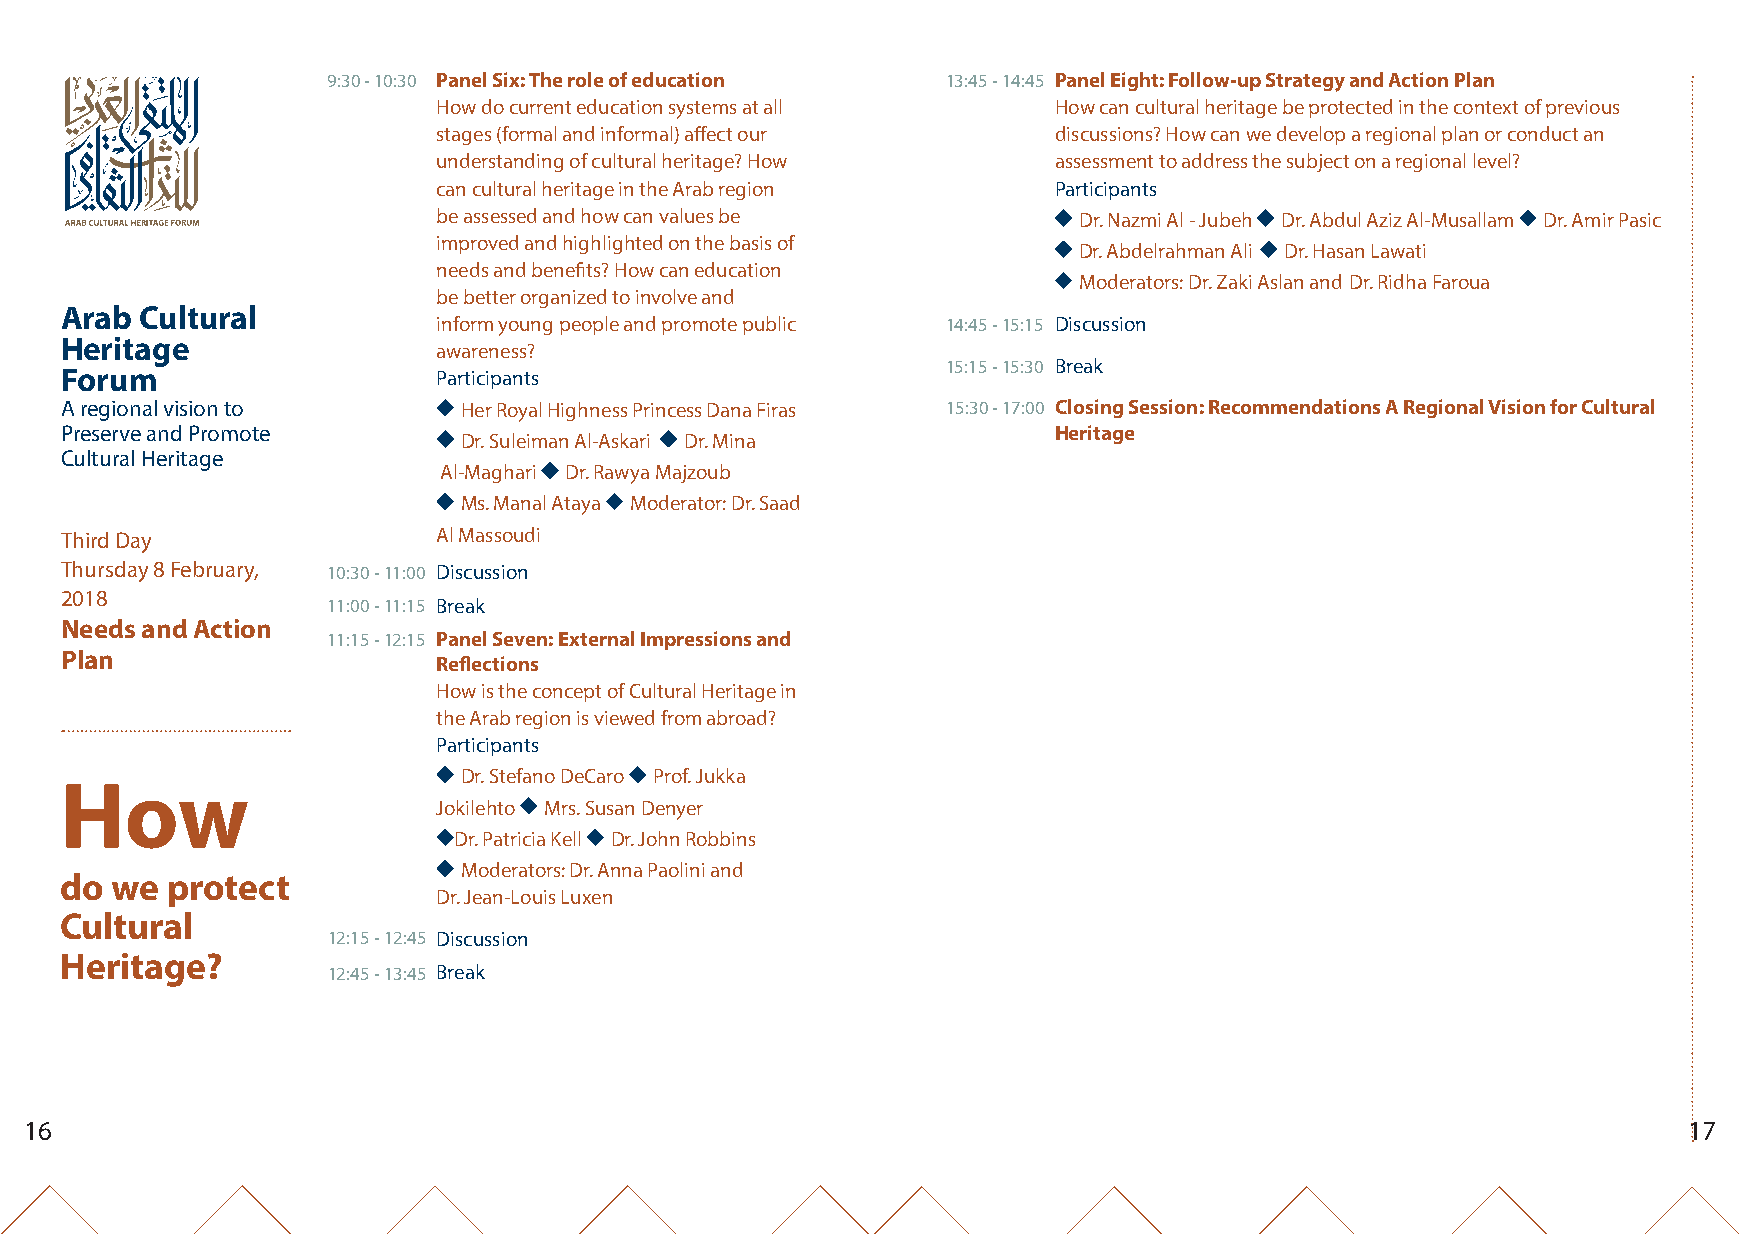
9:30 - 10:30 Panel Six: The role of education 13:45 - 14:45 Panel Eight: Follow-up Strategy and Action Plan
 How do current education systems at all  How can cultural heritage be protected in the context of previous
 stages (formal and informal) affect our  discussions? How can we develop a regional plan or conduct an
 understanding of cultural heritage? How  assessment to address the subject on a regional level?
 can cultural heritage in the Arab region Participants
 be assessed and how can values be          Dr. Nazmi Al - Jubeh Dr. Abdul Aziz Al-Musallam Dr. Amir Pasic
 improved and highlighted on the basis of
 Dr. Abdelrahman Ali Dr. Hasan Lawati
 needs and benefits? How can education
 Moderators: Dr. Zaki Aslan and Dr. Ridha Faroua
 be better organized to involve and
 Arab Cultural
 inform young people and promote public 14:45 - 15:15 Discussion
 Heritage
 awareness?
 15:15 - 15:30 Break
 Forum                    Participants
 A regional vision to       Her Royal Highness Princess Dana Firas 15:30 - 17:00 Closing Session: Recommendations A Regional Vision for Cultural
 Preserve and Promote                                              Heritage
 Dr. Suleiman Al-Askari Dr. Mina
 Cultural Heritage
 Al-Maghari Dr. Rawya Majzoub
 Ms. Manal Ataya Moderator: Dr. Saad
 Third Day                Al Massoudi
 Thursday 8 February, 10:30 - 11:00 Discussion
 2018
 11:00 - 11:15 Break
 Needs and Action
 11:15 - 12:15 Panel Seven: External Impressions and
 Plan
 Reflections
 How is the concept of Cultural Heritage in
 the Arab region is viewed from abroad?
 Participants
 Dr. Stefano DeCaro Prof. Jukka
 How
 Jokilehto Mrs. Susan Denyer
 Dr. Patricia Kell Dr. John Robbins
 Moderators: Dr. Anna Paolini and
 do  we protect
 Dr. Jean-Louis Luxen
 Cultural
 12:15 - 12:45 Discussion
 Heritage?
 12:45 - 13:45 Break
 16                                                                                                            17